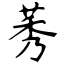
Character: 莠